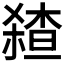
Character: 𰘞